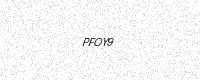
Text: PFOY9